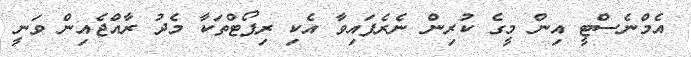
އެމްނެސްޓީ އިން މީގެ ކުރިން ނެރެފައިވާ އެކި ރިޕޯޓްތަކާ މެދު ރާއްޖެއިން ވަނީ